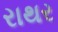
રાથર